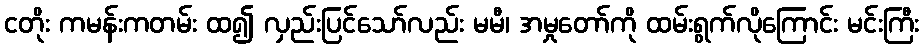
ငတိုး ကမန်းကတမ်း ထ၍ လှည်းပြင်သော်လည်း မမီ၊ အမှုတော်ကို ထမ်းရွက်လိုကြောင်း မင်းကြီး